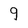
Character: 9